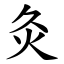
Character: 灸